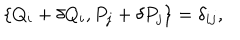
\{ Q _ { i } + \delta Q _ { i } , P _ { j } + \delta P _ { j } \} = \delta _ { i j } ,